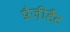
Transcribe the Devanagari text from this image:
प्रैज़ीडैंट